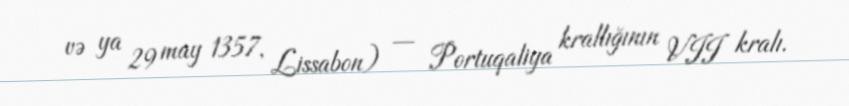
və ya 29 may 1357, Lissabon) — Portuqaliya krallığının VII kralı.